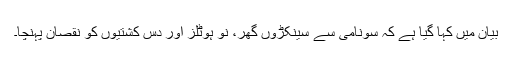
بیان میں کہا گیا ہے کہ سونامی سے سینکڑوں گھر، نو ہوٹلز اور دس کشتیوں کو نقصان پہنچا۔